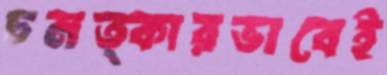
চমত্কারভাবেই